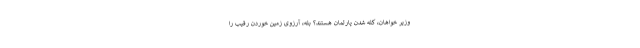
وزیر خواهان، کله شدن پارلمان هستند؟ بله، آرزوی زمین خوردن رقیب را